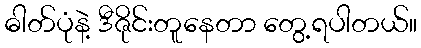
ဓါတ်ပုံနဲ့ ဒီဇိုင်းတူနေတာ တွေ့ရပါတယ်။